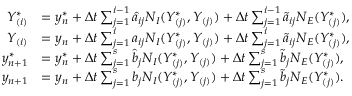
\begin{array} { r l } { Y _ { ( i ) } ^ { * } } & { = y _ { n } ^ { * } + \Delta t \sum _ { j = 1 } ^ { i - 1 } \hat { a } _ { i j } N _ { I } ( Y _ { ( j ) } ^ { * } , Y _ { ( j ) } ) + \Delta t \sum _ { j = 1 } ^ { i - 1 } \tilde { a } _ { i j } N _ { E } ( Y _ { ( j ) } ^ { * } ) , } \\ { Y _ { ( i ) } } & { = y _ { n } + \Delta t \sum _ { j = 1 } ^ { i } a _ { i j } N _ { I } ( Y _ { ( j ) } ^ { * } , Y _ { ( j ) } ) + \Delta t \sum _ { j = 1 } ^ { i } \tilde { a } _ { i j } N _ { E } ( Y _ { ( j ) } ^ { * } ) , } \\ { y _ { n + 1 } ^ { * } } & { = y _ { n } ^ { * } + \Delta t \sum _ { j = 1 } ^ { s } \hat { b } _ { j } N _ { I } ( Y _ { ( j ) } ^ { * } , Y _ { ( j ) } ) + \Delta t \sum _ { j = 1 } ^ { s } \tilde { b } _ { j } N _ { E } ( Y _ { ( j ) } ^ { * } ) , } \\ { y _ { n + 1 } } & { = y _ { n } + \Delta t \sum _ { j = 1 } ^ { s } b _ { j } N _ { I } ( Y _ { ( j ) } ^ { * } , Y _ { ( j ) } ) + \Delta t \sum _ { j = 1 } ^ { s } \tilde { b } _ { j } N _ { E } ( Y _ { ( j ) } ^ { * } ) . } \end{array}